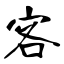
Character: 客